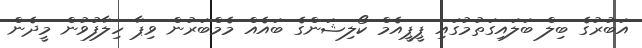
އަބުރުގެ ބިލް ބަލައިގަތުމުގައި ޕީޕީއެމް ކޯލިޝަންގެ ބައެއް މެމްބަރުން ވިޕާ ހިލާފުވުން މީދެން